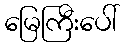
မြေကြီးပေါ်